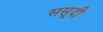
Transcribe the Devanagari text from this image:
ससूदी